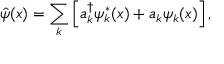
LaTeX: \hat { \psi } ( x ) = \sum _ { k } \left[ a _ { k } ^ { \dagger } \psi _ { k } ^ { * } ( x ) + a _ { k } \psi _ { k } ( x ) \right] ,